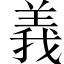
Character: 義